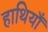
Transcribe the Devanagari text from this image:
हाथियाँ